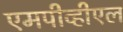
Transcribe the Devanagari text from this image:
एमपीव्हीएल